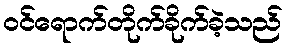
ဝင်ရောက်တိုက်ခိုက်ခဲ့သည်